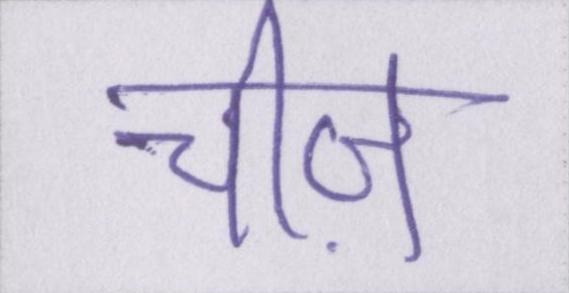
चीज़